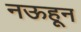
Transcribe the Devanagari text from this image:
नऊहून